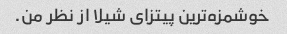
خوشمزه‌ترین پیتزای شیلا از نظر من.